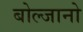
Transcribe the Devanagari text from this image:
बोल्जानो